Piroplasma canis and its life cycle in the tick - Number 29
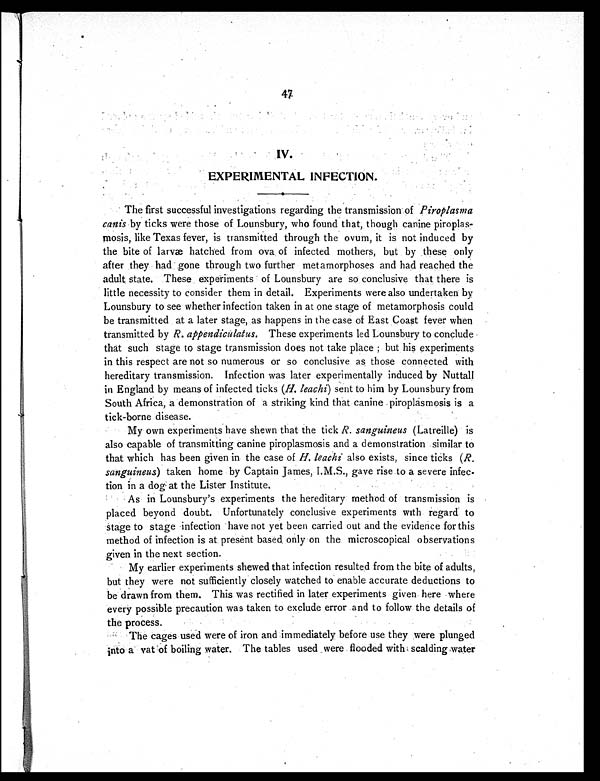
47
I V .
EXPERIMENTAL INFECTION.
The first successful investigations regarding the transmission of Piroplasma
canis by ticks were those of Lounsbury, who found that, though canine piroplas
-mosis, like Texas fever, is transmitted through the ovum, it is not induced by
the bite of larvæ hatched from ova of infected mothers, but by these only
after they had gone through two further metamorphoses and had reached the
adult state. These experiments of Lounsbury are so conclusive that there is
little necessity to consider them in detail. Experiments were also undertaken by
Lounsbury to see whether infection taken in at one stage of metamorphosis could
be transmitted at a later stage, as happens in the case of East Coast fever when
transmitted by R. appendiculatus. These experiments led Lounsbury to conclude
that such stage to stage transmission does not take place; but his experiments
in this respect are not so numerous or so conclusive as those connected with
hereditary transmission. Infection was later experimentally induced by Nuttall
in England by means of infected ticks ( H. leachi) sent to him by Lounsbury from
South Africa, a demonstration of a striking kind that canine piroplasmosis is a
tick-borne disease.
My own experiments have shewn that the tick R. sanguineus (Latreille) is
also capable of transmitting canine piroplasmosis and a demonstration similar to
that which has been given in the case of H. leachi also exists, since ticks ( R.
sanguineus ) taken home by Captain James, I.M.S., gave rise to a severe infec-
tion in a dog at the Lister Institute.
As in Lounsbury's experiments the hereditary method of transmission is
placed beyond doubt. Unfortunately conclusive experiments with regard to
stage to stage infection have not yet been carried out and the evidence for this
method of infection is at present based only on the microscopical observations
given in the next section.
My earlier experiments shewed that infection resulted from the bite of adults,
but they were not sufficiently closely watched to enable accurate deductions to
be drawn from them. This was rectified in later experiments given here where
every possible precaution was taken to exclude error and to follow the details of
the process.
The cages used were of iron and immediately before use they were plunged
into a vat of boiling water. The tables used were flooded with scalding water